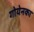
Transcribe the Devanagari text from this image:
गोयेनका